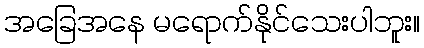
အခြေအနေ မရောက်နိုင်သေးပါဘူး။